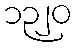
၁၃၂၀